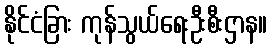
နိုင်ငံခြား ကုန်သွယ်ရေးဦးစီးဌာန။